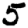
Digit: 5